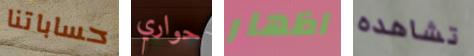
حساباتنا حواري اظهار تشاهده